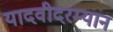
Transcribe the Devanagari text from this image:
यादवीदरम्यान